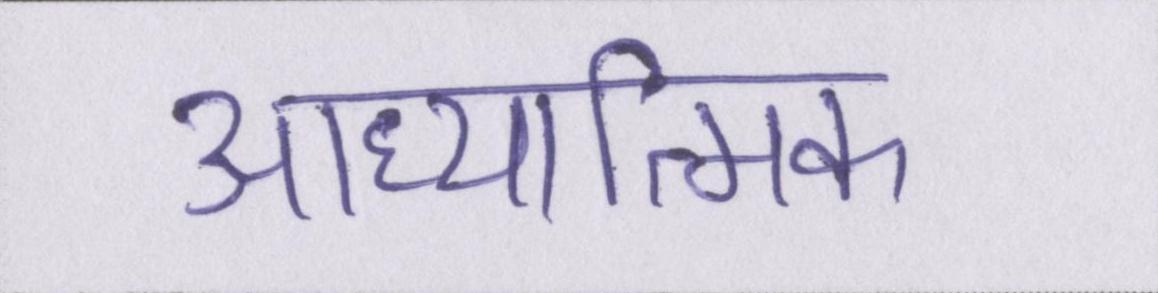
आध्यात्मिक